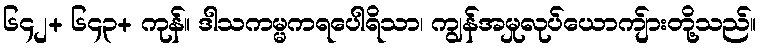
၆၄၂+ ၆၄၃+ ကုန်။ ဒါသကမ္မကရပေါရိသာ၊ ကျွန်အမှုလုပ်ယောကျ်ားတို့သည်။